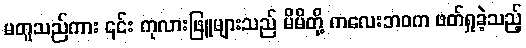
မတူသည်ကား ၎င်း ကုလားဖြူများသည် မိမိတို့ ကလေးဘဝက ဖတ်ရှုခဲ့သည့်